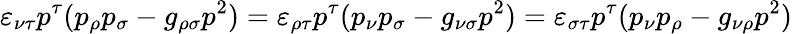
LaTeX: \varepsilon_{\nu\tau}p^{\tau}(p_{\rho}p_{\sigma}-g_{\rho\sigma}p^{2})=\varepsilon_{\rho\tau}p^{\tau}(p_{\nu}p_{\sigma}-g_{\nu\sigma}p^{2})=\varepsilon_{\sigma\tau}p^{\tau}(p_{\nu}p_{\rho}-g_{\nu\rho}p^{2})